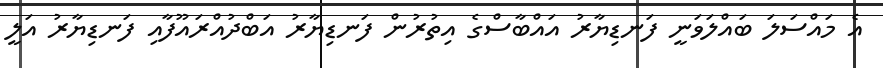
އެ މައްސަލަ ބައްލަވަނީ ފަނޑިޔާރު އައްބާސްގެ އިތުރުން ފަނޑިޔާރު އަބްދުއްރައޫފާއި ފަނޑިޔާރު އަލީ